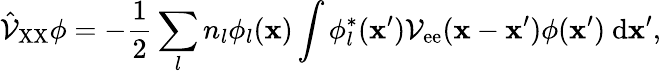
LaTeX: \hat{\mathcal{V}}_{\mathrm{XX}}\phi=-\frac{1}{2}\sum_{l}{n_{l}\phi_{l}({\mathbf x})\int{\phi_{l}^{*}({\mathbf x}^{\prime})\mathcal{V}_{\mathrm{ee}}({\mathbf x}-{\mathbf x}^{\prime})\phi({\mathbf x}^{\prime})\ \mathrm{d}{\mathbf x}^{\prime}}},